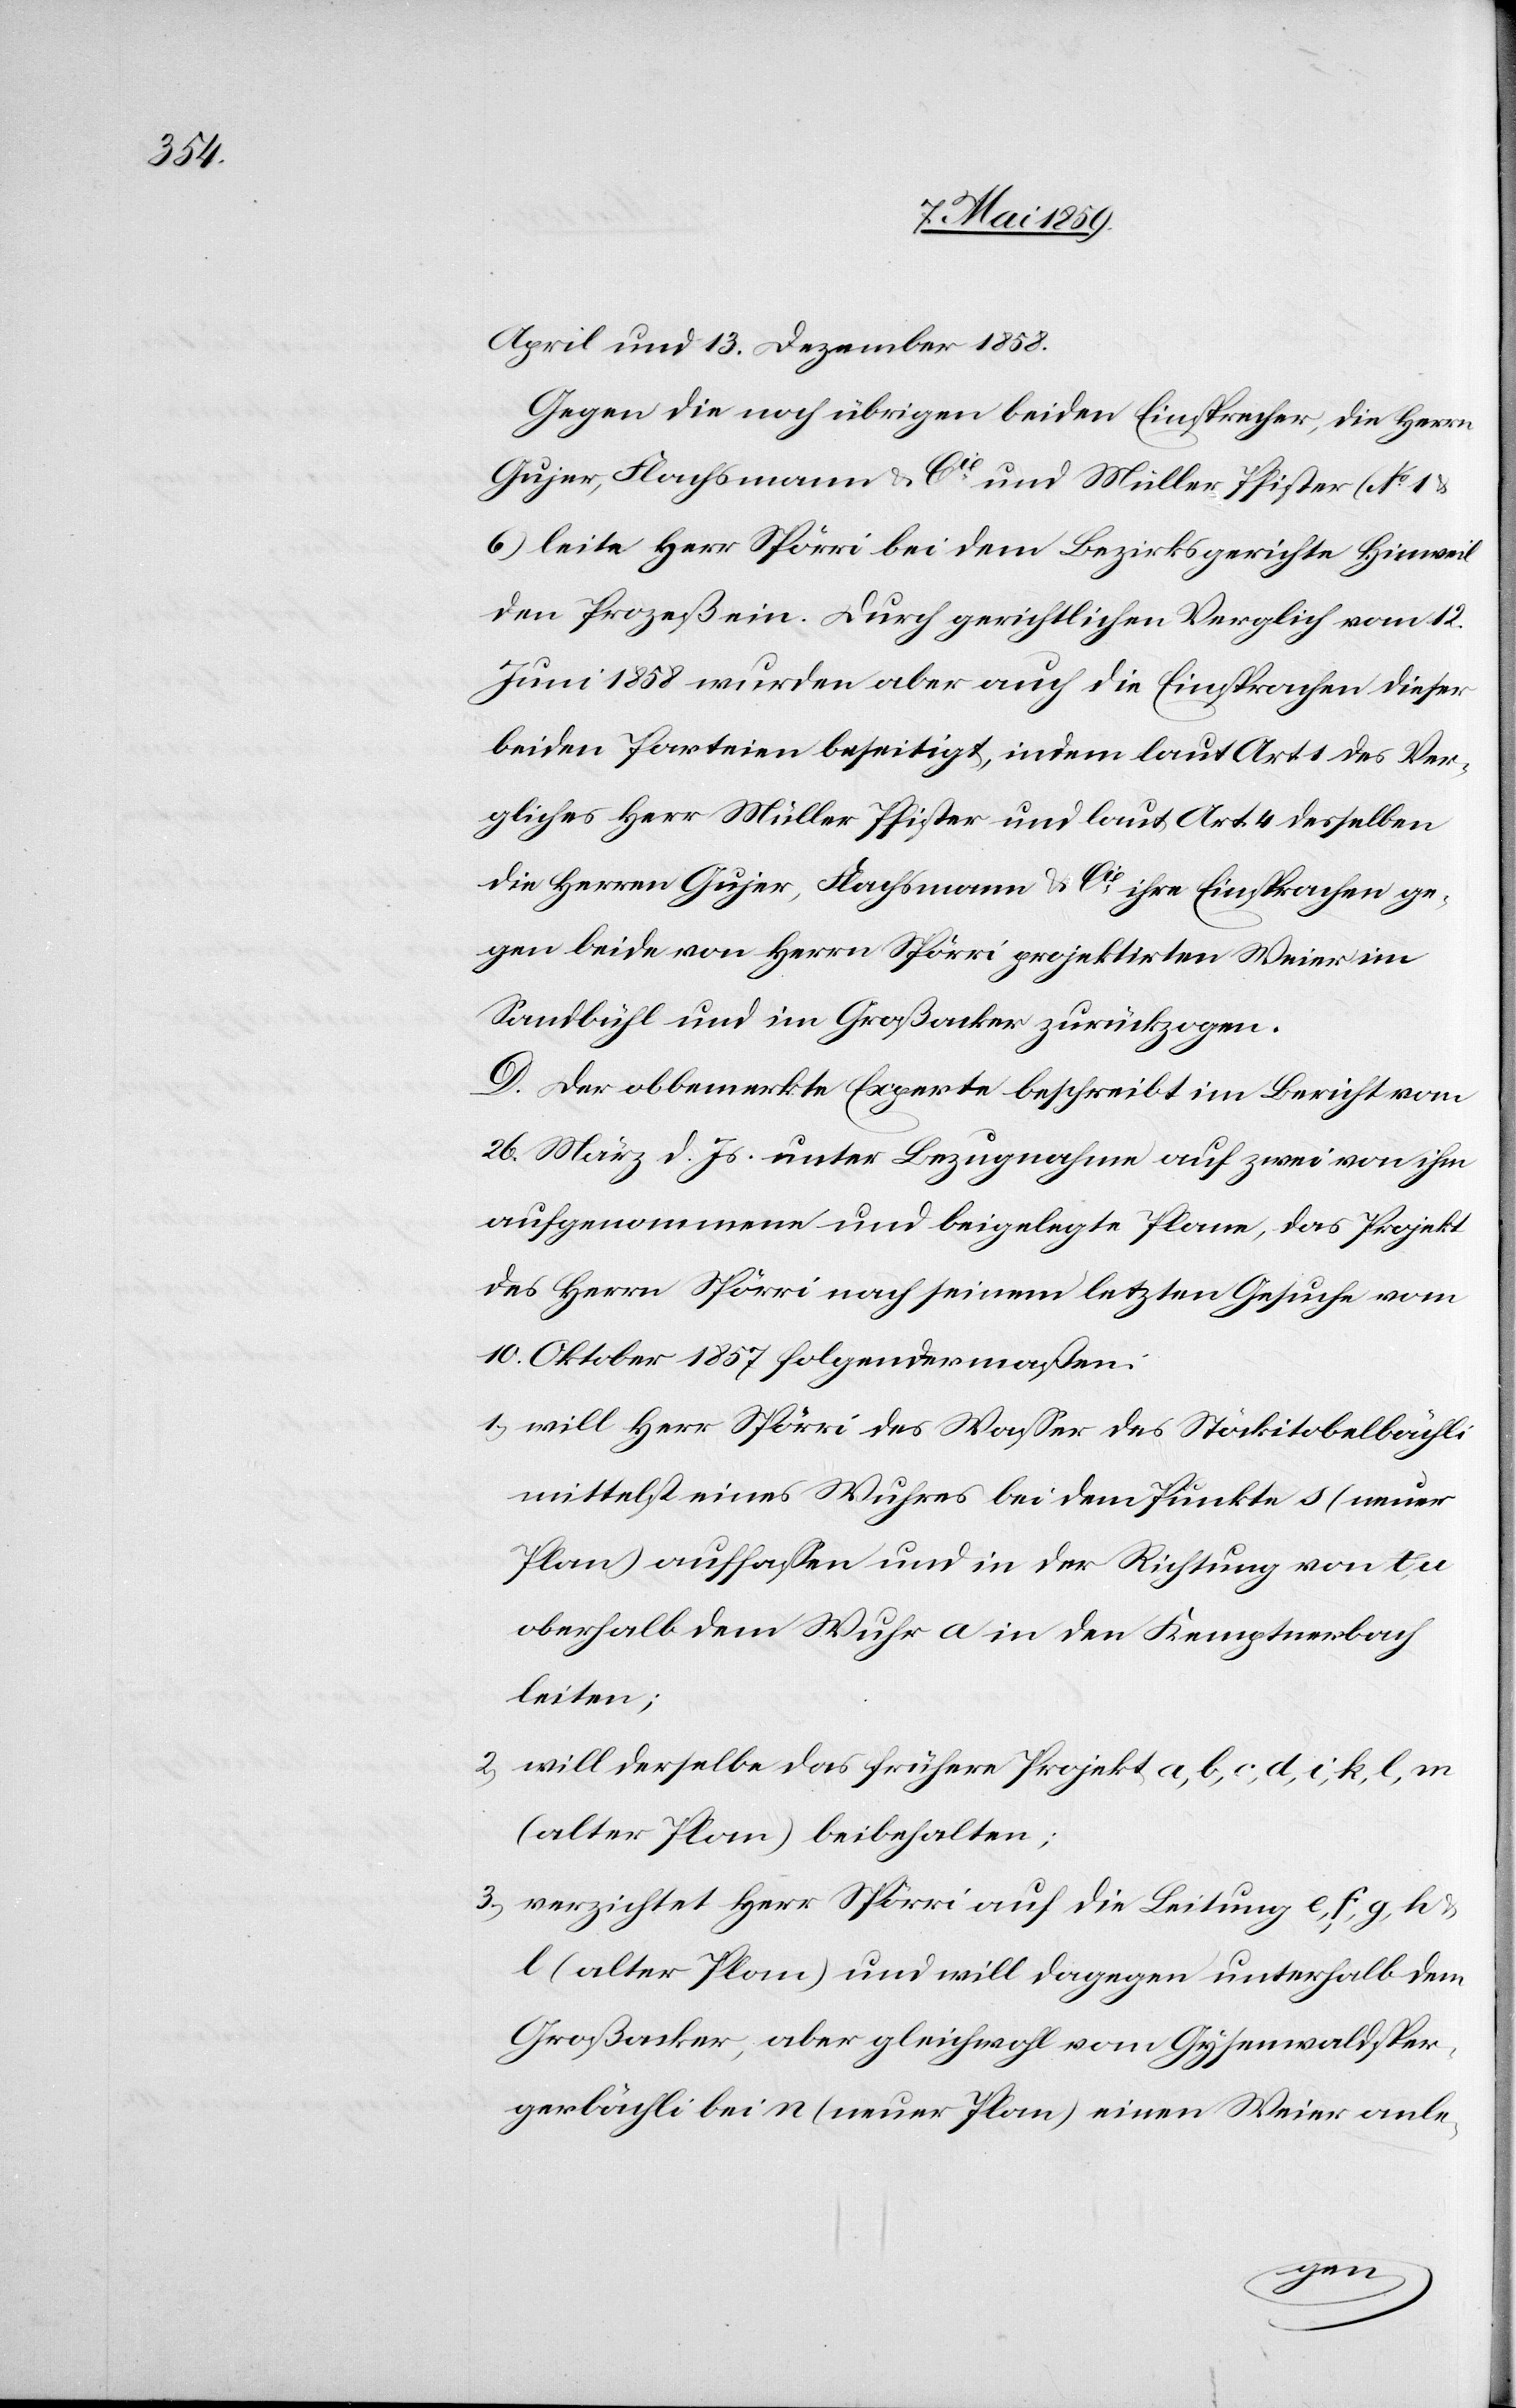
April und 13. Dezember 1858.
Gegen die noch übrigen beiden Einsprecher, die Herrn
Gujer, Flachsmann & Cie und Müller Pfister (No 1
6) leite Herr Spörri bei dem Bezirksgerichte Hinweil
den Prozeß ein. Durch gerichtlichen Verglich vom 12.
Juni 1858 wurden aber auch die Einsprachen dieser
beiden Parteien beseitigt, indem laut Art. 1 des Ver¬
gliches Herr Müller Pfister und laut Art. 4 desselben
die Herren Gujer, Flachsmann & Cie ihre Einsprachen ge¬
gen beide von Herrn Spörri projektirten Weier im
Sandbühl und im Großacker zurückzogen.
D. Der obbemerkte Experte beschreibt im Bericht vom
26. März d. Js. unter Bezugnahme auf zwei von ihm
aufgenommene und beigelegte Plane [sic!], das Projekt
des Herrn Spörri nach seinem letzten Gesuche vom
10. Oktober 1857 folgendermaßen:
1) will Herr Spörri des [sic!] Waßer des Stöckitobelbächli
mittelst eines Wuhres bei dem Punkte s (neuer
Plan) auffaßen und in der Richtung von t,
oberhalb dem Wuhr a in den Kemptnerbach
leiten;
2) will derselbe das frühere Projekt a, b, c, d, i, k, l, m
(alter Plan) beibehalten;
3) verzichtet Herr Spörri auf die Leitung e, f, g, h
l (alter Plan) und will dagegen unterhalb dem
Großacker, aber gleichwohl vom Gysenwaldsper¬
gerbächli bei n (neuer Plan) einen Weier anle-